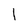
Character: I